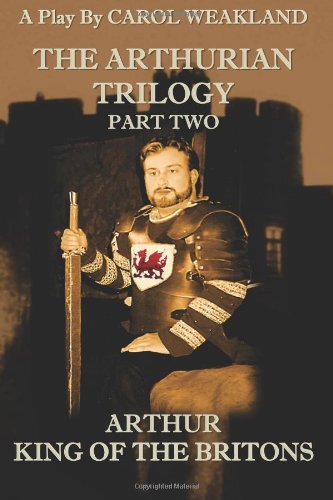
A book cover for The Arthurian Trilogy Part Two: Arthur, King of the Britons (Volume 2); Carol Weakland; Literature & Fiction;